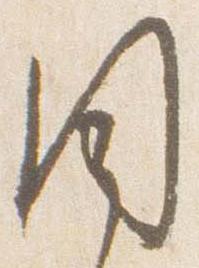
聞